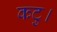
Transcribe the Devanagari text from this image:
कटु।